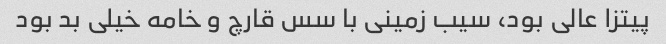
پیتزا عالی بود، سیب زمینی با سس قارچ و خامه خیلی بد بود